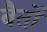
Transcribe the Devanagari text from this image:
बैतों